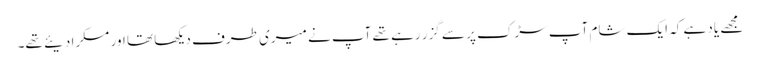
مجھے یاد ہے کہ ایک شام آپ سڑک پر سے گزر رہے تھے آپ نے میری طرف دیکھا تھا اور مسکرا دیئے تھے۔